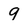
Character: 9